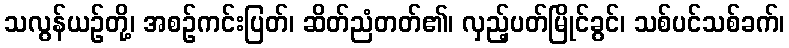
သလွန်ယဉ်တို့၊ အစဉ်ကင်းပြတ်၊ ဆိတ်ညံတတ်၏၊ လှည့်ပတ်မြိုင်ခွင်၊ သစ်ပင်သစ်ခက်၊